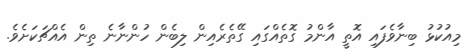
މިއުކުޅު ބިނާވެފައި އޮތީ އާންމު ގޮތެއްގައި ގޭތެރެއިން ލިބެން ހުންނާނެ ތިން އެއްޗަކަށެވެ.